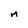
Character: M